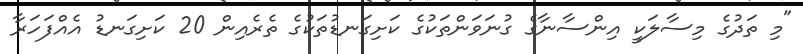
"މި ތަދުގެ މިސާލަކީ އިންސާނާގެ ގުނަވަންތަކުގެ ކަށިގަނޑުތަކުގެ ތެރެއިން 20 ކަށިގަނޑު އެއްފަހަރާ